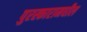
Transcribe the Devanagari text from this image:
पुरस्कारामधील